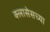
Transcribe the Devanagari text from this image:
क्लासेसच्या